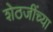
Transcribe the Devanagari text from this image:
शेठजींच्या